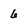
Character: 6